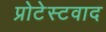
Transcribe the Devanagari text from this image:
प्रोटेस्टवाद